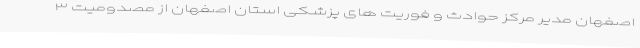
اصفهان مدیر مرکز حوادث و فوریت های پزشکی استان اصفهان از مصدومیت ۳